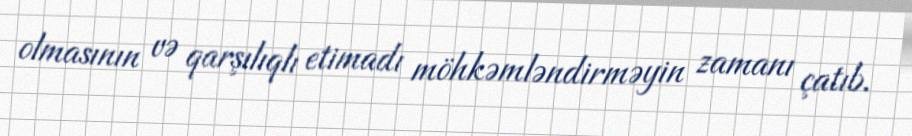
olmasının və qarşılıqlı etimadı möhkəmləndirməyin zamanı çatıb.